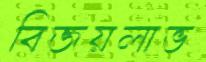
বিজয়লাভ